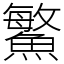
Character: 鰵